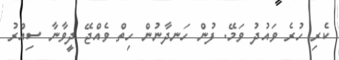
ކެރި ހުރެ ވައުދު ވަމޭ. ފުން ހަނދާނުން ހިތް ވެއްޖޭ ދީވާނާ ސިއްރު